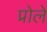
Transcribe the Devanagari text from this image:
प्रोले